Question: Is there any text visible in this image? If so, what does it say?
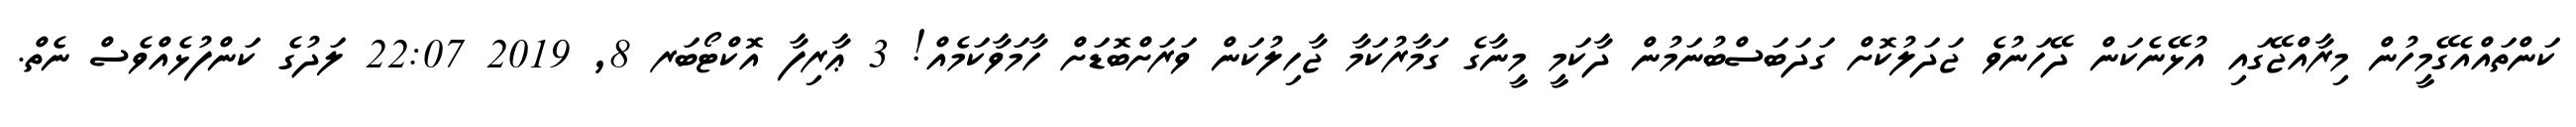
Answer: ކަންތައްއެގޭމީހުން މިރާއްޖޭގައި އުޅޭނެކަން ދޭހަނުވެ ޖަދަލުކޮށް ގަދަބަސްބުނަމުން ދާކަމީ މީނާގެ ގަމާރުކަމާ ޖާހިލުކަން ވަރަށްބޮޑަށް ހާމަވާކަމެއް! 3 ޢާރިފާ އޮކްޓޯބަރ 8, 2019 22:07 ލަދުގެ ކަންފުޅެއްވެސް ނެތް.